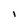
Character: I